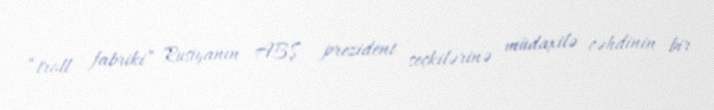
“troll fabriki” Rusiyanın ABŞ prezident seçkilərinə müdaxilə cəhdinin bir